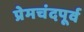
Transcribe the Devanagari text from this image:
प्रेमचंदपूर्व